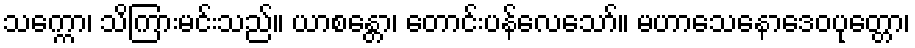
သက္ကော၊ သိကြားမင်းသည်။ ယာစန္တော၊ တောင်းပန်လေသော်။ မဟာသေနောဒေဝပုတ္တော၊